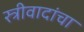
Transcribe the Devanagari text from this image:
स्त्रीवादांचा